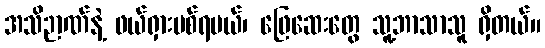
အသိဉာဏ်နဲ့ ဖယ်ရှားပစ်ရမယ်၊ ဖြေဆေးတွေ သူ့ဘာသာသူ ရှိတယ်။